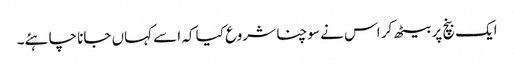
ایک بنچ پر بیٹھ کر اس نے سوچنا شروع کیا کہ اسے کہاں جانا چاہئے۔